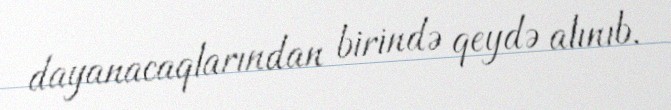
dayanacaqlarından birində qeydə alınıb.